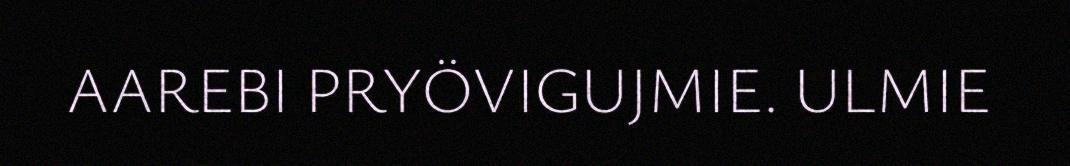
AAREBI PRYÖVIGUJMIE. ULMIE